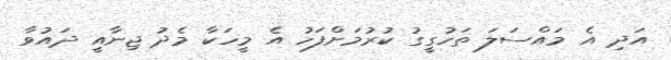
އަދި އެ މައްސަލަ ތަހުގީގު ކުރުމަށްފަހު އެ މީހަކާ މެދު ޖިނާއީ ދައުވާ